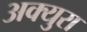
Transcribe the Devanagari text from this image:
अक्युरा